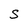
Character: s